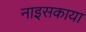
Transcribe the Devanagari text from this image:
नाइसकाया